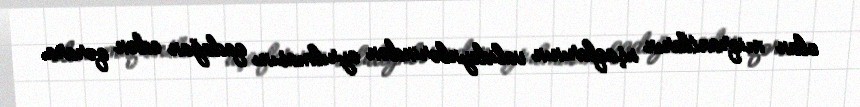
olan miqrantların uşaqlarının valideynlərindən ayrılmasını qadağan edən qərara